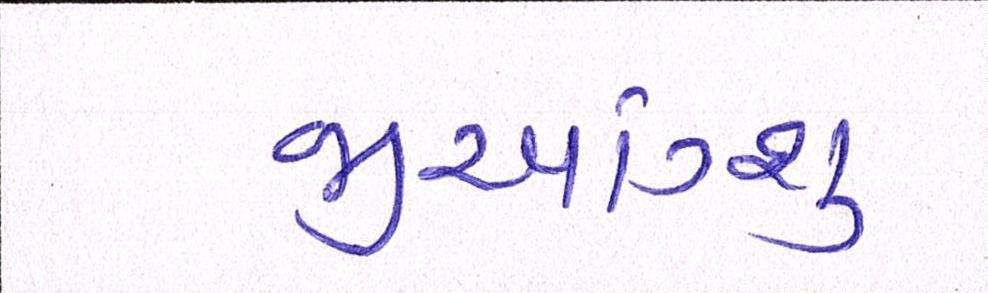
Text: જીઆંગ્શુ